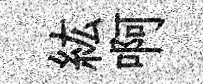
紘啊